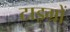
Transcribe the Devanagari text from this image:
टाइग्रों